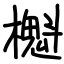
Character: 櫆